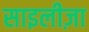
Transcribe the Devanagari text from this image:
साइलीज़ा